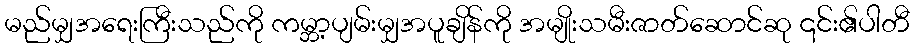
မည်မျှအရေးကြီးသည်ကို ကမ္ဘာ့ပျမ်းမျှအပူချိန်ကို အမျိုးသမီးဇာတ်ဆောင်ဆု ၎င်း၏ပါတီ